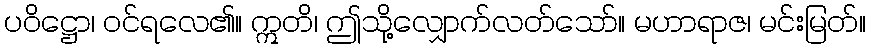
ပဝိဋ္ဌော၊ ဝင်ရလေ၏။ ဣတိ၊ ဤသို့လျှောက်လတ်သော်။ မဟာရာဇ၊ မင်းမြတ်။